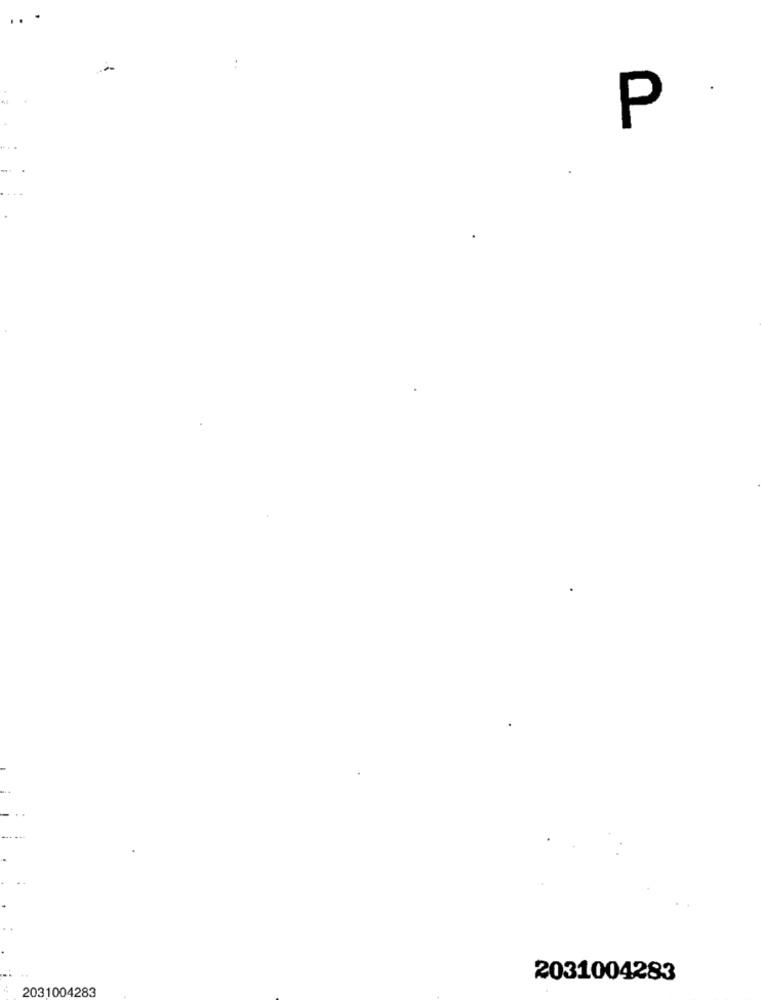
P
2031004283
2031004283